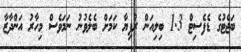
ބަޖެޓުގެ ޑެފެސިޓް 1.3 ބިލިއަން ރުފިޔާ ކަމަށް ބެލެވުނު ނަމަވެސް މިހާރު އަންދާޒާ